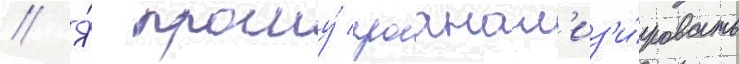
// Я́ прошу́ проанал'из'и́ровать